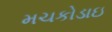
મચકોડાઇ